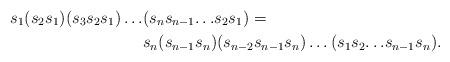
LaTeX: \begin{align*} s_1(s_2s_1)(s_3s_2s_1)\dots & (s_ns_{n-1}{\dots}s_2s_1) = \\ & s_n(s_{n-1}s_n)(s_{n-2}s_{n-1}s_n)\dots (s_1s_2{\dots}s_{n-1}s_n). \end{align*}